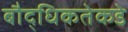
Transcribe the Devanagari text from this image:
बौद्धिकतेकडे